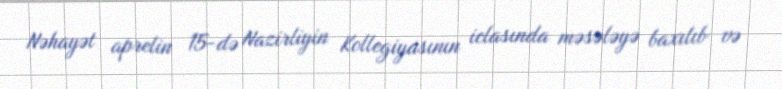
Nəhayət aprelin 15-də Nazirliyin Kollegiyasının iclasında məsələyə baxılıb və